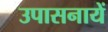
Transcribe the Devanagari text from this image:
उपासनायें